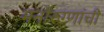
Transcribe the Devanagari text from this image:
मनोरुग्णांची